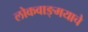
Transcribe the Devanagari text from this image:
लोकवाङ्मयाचे